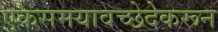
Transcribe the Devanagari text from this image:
एकसमयावच्छेदेकरून